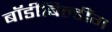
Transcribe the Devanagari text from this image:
बॉडीबिल्डींग